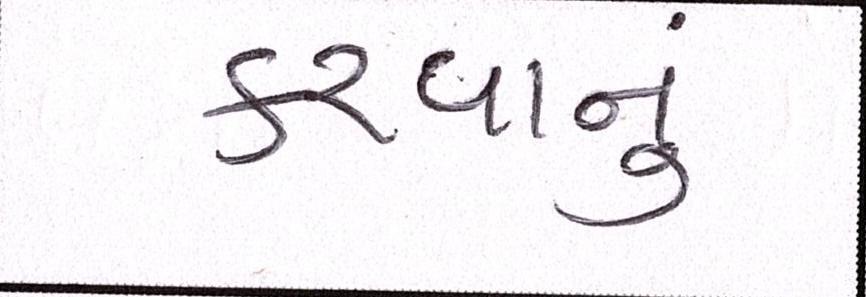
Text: કરવાનું